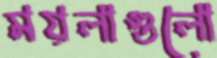
ময়লাগুলো